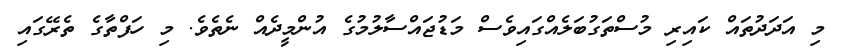
މި އަދަދުތައް ކައިރި މުސްތަގުބަލެއްގައިވެސް މަޑުޖަައްސާލުމުގެ އުންމީދެއް ނެެތެވެ. މި ހަފްތާގެ ތެރޭގައި